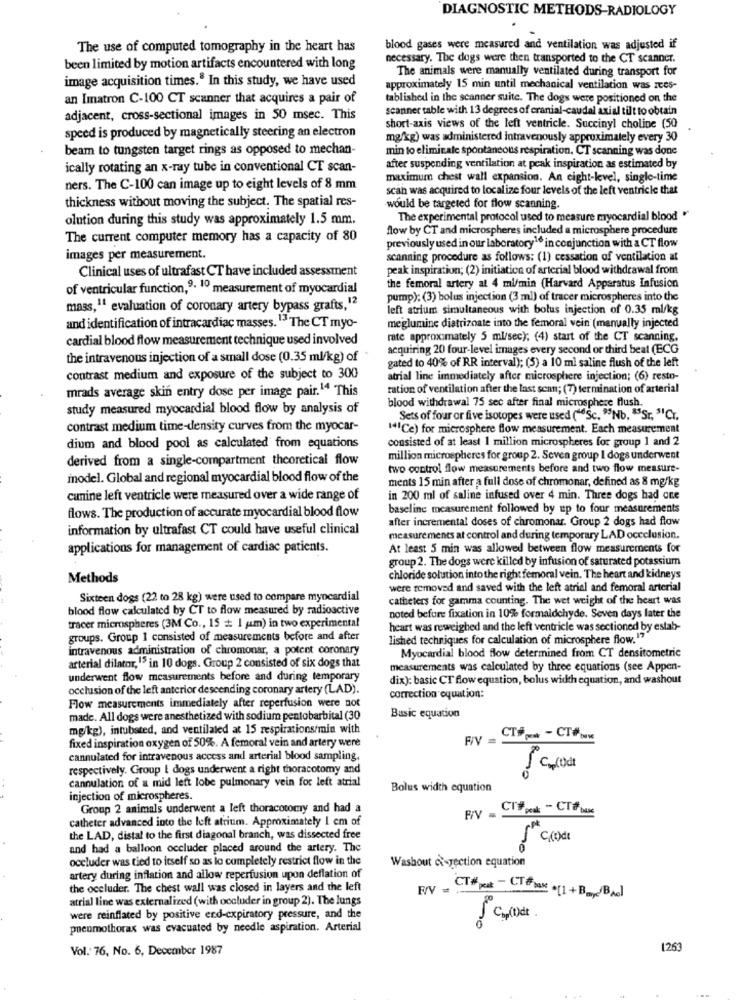
DIAGNOSTIC METHODS-RADIOLOGY
The use of computed tomography in the heart has
blood gases were measured and ventilation was adjusted if
necessary. The dogs were then transported to the CT scanner.
been limited by motion artifacts encountered with long
The animals were manually ventilated during transport for
image acquisition times." In this study, we have used
approximately 15 min until mechanical ventilation was zces-
an Imatron C-100 CT scanner that acquires a pair of
tablished in the scanner suite. The dogs were positioned on the
scanner table with 13 degrees of cranial-caudal axial tilt to obtain
adjacent, cross-sectional images in 50 msec. This
short-axis views of the left ventricle. Succinyl choline (50
speed is produced by magnetically steering an electron
mg/kg) was administered intravenously approximately every 30
beam to tungsten target rings as opposed to mechan-
min to eliminate spontaneous respiration. CT scanning was done
ically rotating an x-ray tube in conventional CT scan-
after suspending ventilation at peak inspiration as estimated by
maximum chest wall expansion. An eight-level, single-time
ners. The C-100 can image up to eight levels of 8 mm
scan was acquired to localize four levels of the left ventricle that
thickness without moving the subject. The spatial res-
would be targeted for flow scanning.
olution during this study was approximately 1.5 mm.
The experimental protocol used to measure myocardial blood "
flow by CT and microspheres included a microsphere procedure
The current computer memory has a capacity of 80
previously used in our laboratory1 in conjunction with a CT flow
images per measurement.
scanning procedure as follows: (1) cessation of ventilation at
Clinical uses of ultrafast CT have included assessment
peak inspiration; (2) initiation of arterial blood withdrawal from
of ventricular function,9. 1º measurement of myocardial
the femoral artery al 4 ml/min (Harvard Apparatus Infusion
pump); (3) bolus injection (3 ml) of tracer microspheres into the
mass," evaluation of coronary artery bypass grafts,12
left atrium simultaneous with bolus injection of 0.35 ml/kg
and identification of intracardiac masses. 13 The CT myo-
meglumine diatrizoate into the femoral vein (manually injected
cardial blood flow measurement technique used involved
rate approximately 5 ml/sec); (4) start of the CT scanning.
acquiring 20 four-level images every second or third beat (ECG
the intravenous injection of a small dose (0.35 ml/kg) of
gated to 40% of RR interval); (5) a 10 ml saline flush of the left
contrast medium and exposure of the subject to 300
atrial line immediately after microsphere injection; (6) resto-
mrads average skin entry dose per image pair.14 This
ration of ventilation after the last scan; (7) termination of arterial
study measured myocardial blood flow by analysis of
blood withdrawal 75 sec after final microsphere flush.
Sets of four or five isotopes were used ("Sc. "Nb, ""Sr, "Cr,
contrast medium time-density curves from the myocar-
"41Ce) for microsphere flow measurement. Each measurement
dium and blood pool as calculated from equations
consisted of at least 1 million microspheres for group 1 and 2
derived from a single-compartment theoretical flow
million microspheres for group 2. Seven group I dogs underwent
two control flow measurements before and two flow measure-
model. Global and regional myocardial blood flow of the
ments 15 min after a full dose of chromonar, defined as 8 mg/kg
canine left ventricle were measured over a wide range of
in 200 ml of saline infused over 4 min. Three dogs had one
flows. The production of accurate myocardial blood flow
baseline measurement followed by up to four measurements
after incremental doses of chromonar. Group 2 dogs had flow
information by ultrafast CT could have useful clinical
measurements at control and during temporary LAD occclusion.
applications for management of cardiac patients.
At least 5 min was allowed between flow measurements for
group 2. The dogs were killed by infusion of saturated potassium
Methods
chloride solution into the right femoral vein. The heart and kidneys
were removed and saved with the left atrial and femoral arterial
Sixteen dogs (22 to 28 kg) were used to compare myocardial
catheters for gamma counting. The wet weight of the heart was
blood flow calculated by CT to flow measured by radioactive
noted before fixation in 10% formaldehyde. Seven days later the
tracer microspheres (3M Co ., 15 = 1 um) in two experimental
heart was reweighed and the left ventricle was sectioned by estab-
groups. Group 1 consisted of measurements before and after
lished techniques for calculation of microsphere flow.""
intravenous administration of chromonar, a potent coronary
Myocardial blood flow determined from CT densitometrie
arterial dilator, 15 in 10 dogs. Group 2 consisted of six dogs that
measurements was calculated by three equations (see Appen-
underwent flow measurements before and during temporary
dix): basic CT flow equation, bolus width equation, and washout
occlusion of the left anterior descending coronary artery (LAD).
correction equation:
Flow measurements immediately after reperfusion were not
made. All dogs were anesthetized with sodium pentobarbital (30
Basic equation
mg/kg), intubated, and ventilated at 15 respirations/min with
fixed inspiration oxygen of 50%. A femoral vein and artery were
F/V =
CT#~ - CT#base
cannulated for intravenous access and arterial blood sampling,
respectively. Group I dogs underwent a right thoracotomy and
cannulation of a mid left lobe pulmonary vein for left atrial
Bolus width equation
injection of microspheres.
Group 2 animals underwent a left thoracotomy and had a
P/V =
CI# pet - CT# DAS
catheter advanced into the left atrium. Approximately I em of
the LAD, distal to the first diagonal branch, was dissected free
and had a balloon occluder placed around the artery. The
occluder was tied to itself so as lo completely restrict flow in the
Washout of Jection equation
artery during inflation and allow reperfusion upon deflation of
the occluder. The chest wall was closed in layers and the left
atrial line was externalized (with occluder in group 2). The lungs
CT#pat - CTF Max .[1+Bm /BAol
were reinflated by positive end-cxpiratory pressure, and the
pneumothorax was evacuated by needle aspiration. Arterial
Vol. 76, No. 6, December 1987
1263